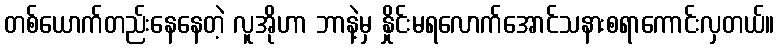
တစ်ယောက်တည်းနေနေတဲ့ လူအိုဟာ ဘာနဲ့မှ နှိုင်းမရလောက်အောင်သနားစရာကောင်းလှတယ်။